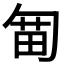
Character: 𠣯